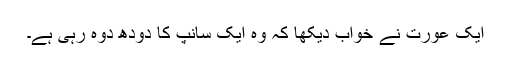
ایک عورت نے خواب دیکھا کہ وہ ایک سانپ کا دودھ دوہ رہی ہے۔